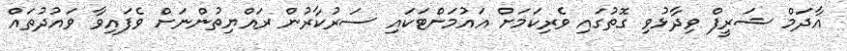
އާދަމް ޝަރީފް ވިދާޅުވި ގޮތުގައި ވެރިކަމަށް އައުމަށްޓަކައި ސަރުކާރުން ރައްޔިތުންނަށް ވެފައިވާ ވައުދުތައް